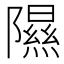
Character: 隰